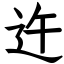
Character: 迕